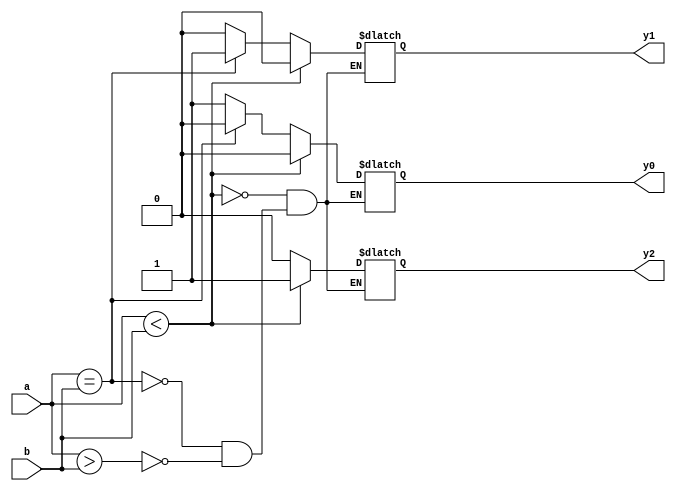
`timescale 1ns / 1ps
//////////////////////////////////////////////////////////////////////////////////
// Company: 
// Engineer: 
// 
// Design Name: 
// Module Name: Nbit_Comparator
// Project Name: 
// Target Devices: 
// Tool Versions: 
// Description: 
// 
// Dependencies: 
// 
// Revision:
// Revision 0.01 - File Created
// Additional Comments:
// 
//////////////////////////////////////////////////////////////////////////////////


module Nbit_Comparator(
        input [3:0] a,
        input [3:0] b,
        output reg y2,y1,y0
        );
        
        
      always@(a or b)
      begin
        if(a>b) 
        begin 
              y0=1'b1;
              y1=1'b0;
              y2=1'b0;
        end
      
        if(a==b) 
        begin 
            y0=1'b0;
            y1=1'b1;
            y2=1'b0;
        end
        
        if(a<b) 
        begin 
          y0=1'b0;
          y1=1'b0;
          y2=1'b1;
        end
        
       end
endmodule